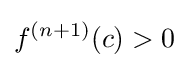
f^{(n+1)}(c)>0